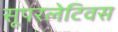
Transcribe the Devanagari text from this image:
सूपरलेटिवस